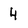
Character: 4